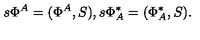
s \Phi ^ { A } = ( \Phi ^ { A } , S ) , s \Phi _ { A } ^ { * } = ( \Phi _ { A } ^ { * } , S ) .